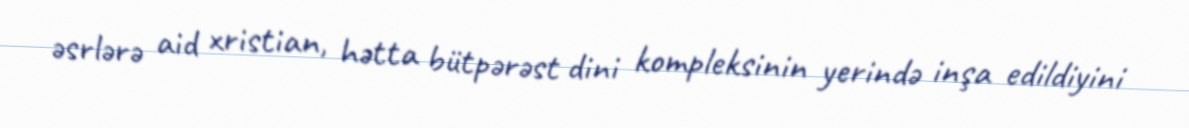
əsrlərə aid xristian, hətta bütpərəst dini kompleksinin yerində inşa edildiyini